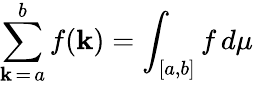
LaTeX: \sum_{\mathbf{k}\mathop{=}a}^{b}f(\mathbf{k})=\int_{[a,b]}f\, d\mu